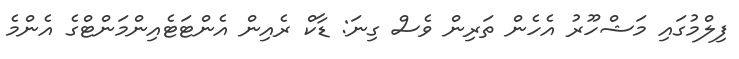
ފިލްމުގައި މަޝްހޫރު އެހެން ތަރިން ވެސް ގިނަ: ޑާކް ރެއިން އެންޓަޓެއިންމަންޓްގެ އެންމެ